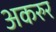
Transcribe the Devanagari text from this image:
अकरुर